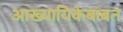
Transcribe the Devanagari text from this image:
आख्यायिकेबाबत